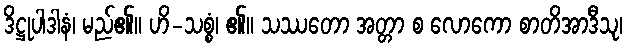
ဒိဋ္ဌုပါဒါနံ၊ မည်၏။ ဟိ-သစ္စံ၊ ၏။ သဿတော အတ္တာ စ လောကော စာတိအာဒီသု၊